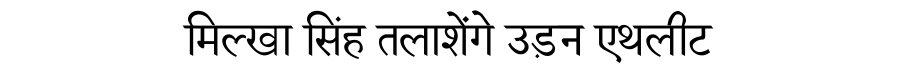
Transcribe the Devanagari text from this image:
मिल्खा सिंह तलाशेंगे उड़न एथलीट